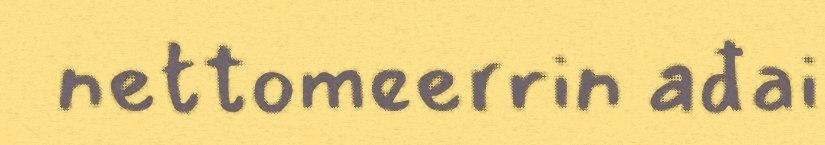
nettomeerrin ađai